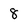
Character: 8